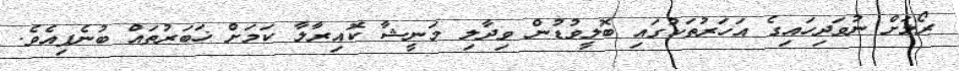
ރޯލަށް ނުވަދިހައިގެ އަހަރުތަކުގައި ބޮލީވުޑުން ވިދާލި މަނީޝާ ކޮއިރާލާ ކަމަށް ޚަބަރުތައް ބުނެފިއެވެ.